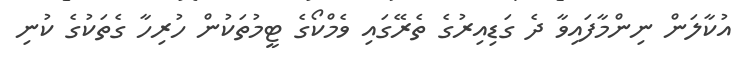
އުކާލަން ނިންމާފައިވާ ދެ ގަޑިއިރުގެ ތެރޭގައި ވެމްކޯގެ ޓީމުތަކުން ހުރިހާ ގެތަކުގެ ކުނި